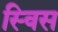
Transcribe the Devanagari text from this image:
स्‍विस